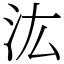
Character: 汯